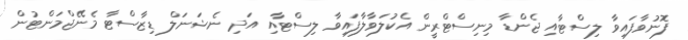
ފޮނުވާފައިވާ ލިސްޓާއި ޖެންޑާ މިނިސްޓްރީން އެކުލަވާލާފައިވާ ލިސްޓާއި އަދި ނެޝަނަލް ޑިޒާސްޓާ މެނޭޖްމަންޓުން